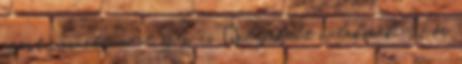
azért van ott, mert szép és „odafeküdt valakinek”. Női